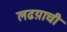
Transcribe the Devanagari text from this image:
लढय़ाची